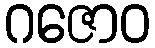
ဂဇောဝ